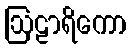
ဩဠာရိကော